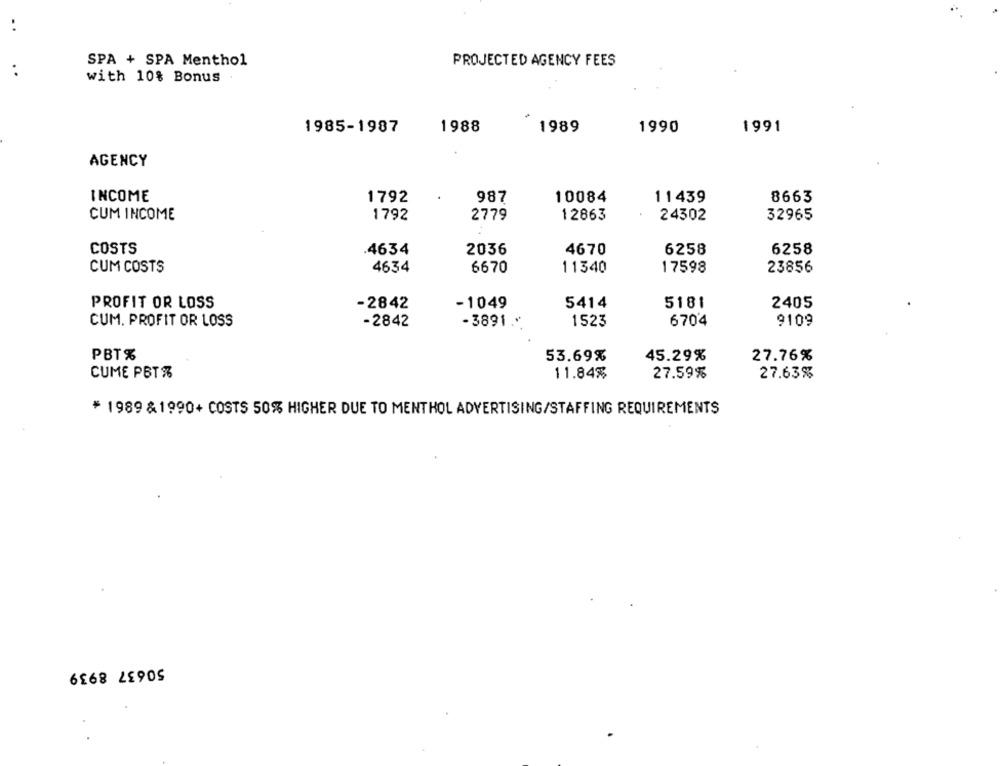
..
SPA + SPA Menthol
PROJECTED AGENCY FEES
..
with 10% Bonus
1985-1987
1988
1989
1990
1991
AGENCY
INCOME
1792
987
10084
11439
8663
CUM INCOME
1792
2779
12863
24302
32965
COSTS
4634
2036
4670
6258
6258
4634
11340
17598
23856
CUM COSTS
6670
PROFIT OR LOSS
-2842
-1049
5414
5181
2405
CUM. PROFIT OR LOSS
-2842
1523
6704
9109
-3891"
PBT%
53.69%
45.29%
27.76%
CUME PETR
11.84%
27.59%
27.63%
* 1989 &1990+ COSTS 50% HIGHER DUE TO MENTHOL ADVERTISING/STAFFING REQUIREMENTS
50637 8939